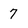
Character: 7